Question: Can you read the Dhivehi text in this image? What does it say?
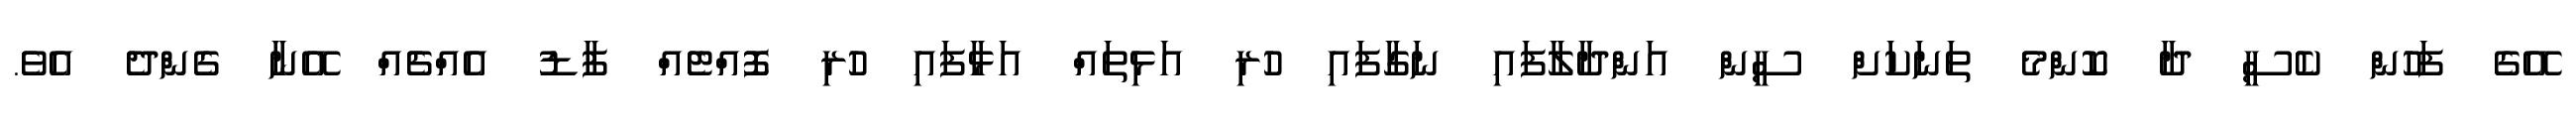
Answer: އޭގެ ފަހުން ކެސީ ދާ ކޮންމެ ތަނަކަށް ސީން އަންދާލާފައި ނަގާފައި ހުރި އަޅިތައް އަޅާފައި ހުރި ފޮއްޓެއް ފާޑު އެއްޗެއް އޭނާ ގެންދެ އެވެ.